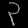
Digit: ၃